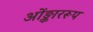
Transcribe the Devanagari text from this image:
ओंङ्काररूप